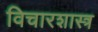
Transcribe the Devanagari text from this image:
विचारशास्त्र